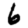
Digit: 6